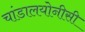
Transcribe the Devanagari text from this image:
चांडालयोनीसी